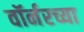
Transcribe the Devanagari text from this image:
वॉर्नरच्या